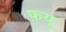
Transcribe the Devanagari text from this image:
फ़यू